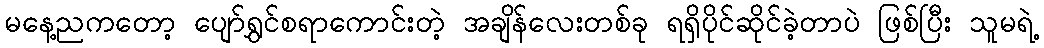
မနေ့ညကတော့ ပျော်ရွှင်စရာကောင်းတဲ့ အချိန်လေးတစ်ခု ရရှိပိုင်ဆိုင်ခဲ့တာပဲ ဖြစ်ပြီး သူမရဲ့